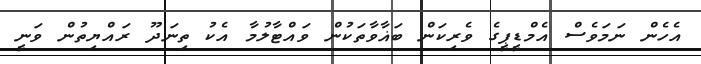
އެހެން ނަމަވެސް އެމްޑީޕީގެ ވެރިކަން ބަޣާވާތަކުން ވައްޓާލުމާ އެކު ތިނަދޫ ރައްޔިތުން ވަނީ